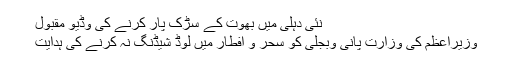
نئی دہلی میں بھوت کے سڑک پار کرنے کی وڈیو مقبول
وزیراعظم کی وزارت پانی وبجلی کو سحر و افطار میں لوڈ شیڈنگ نہ کرنے کی ہدایت